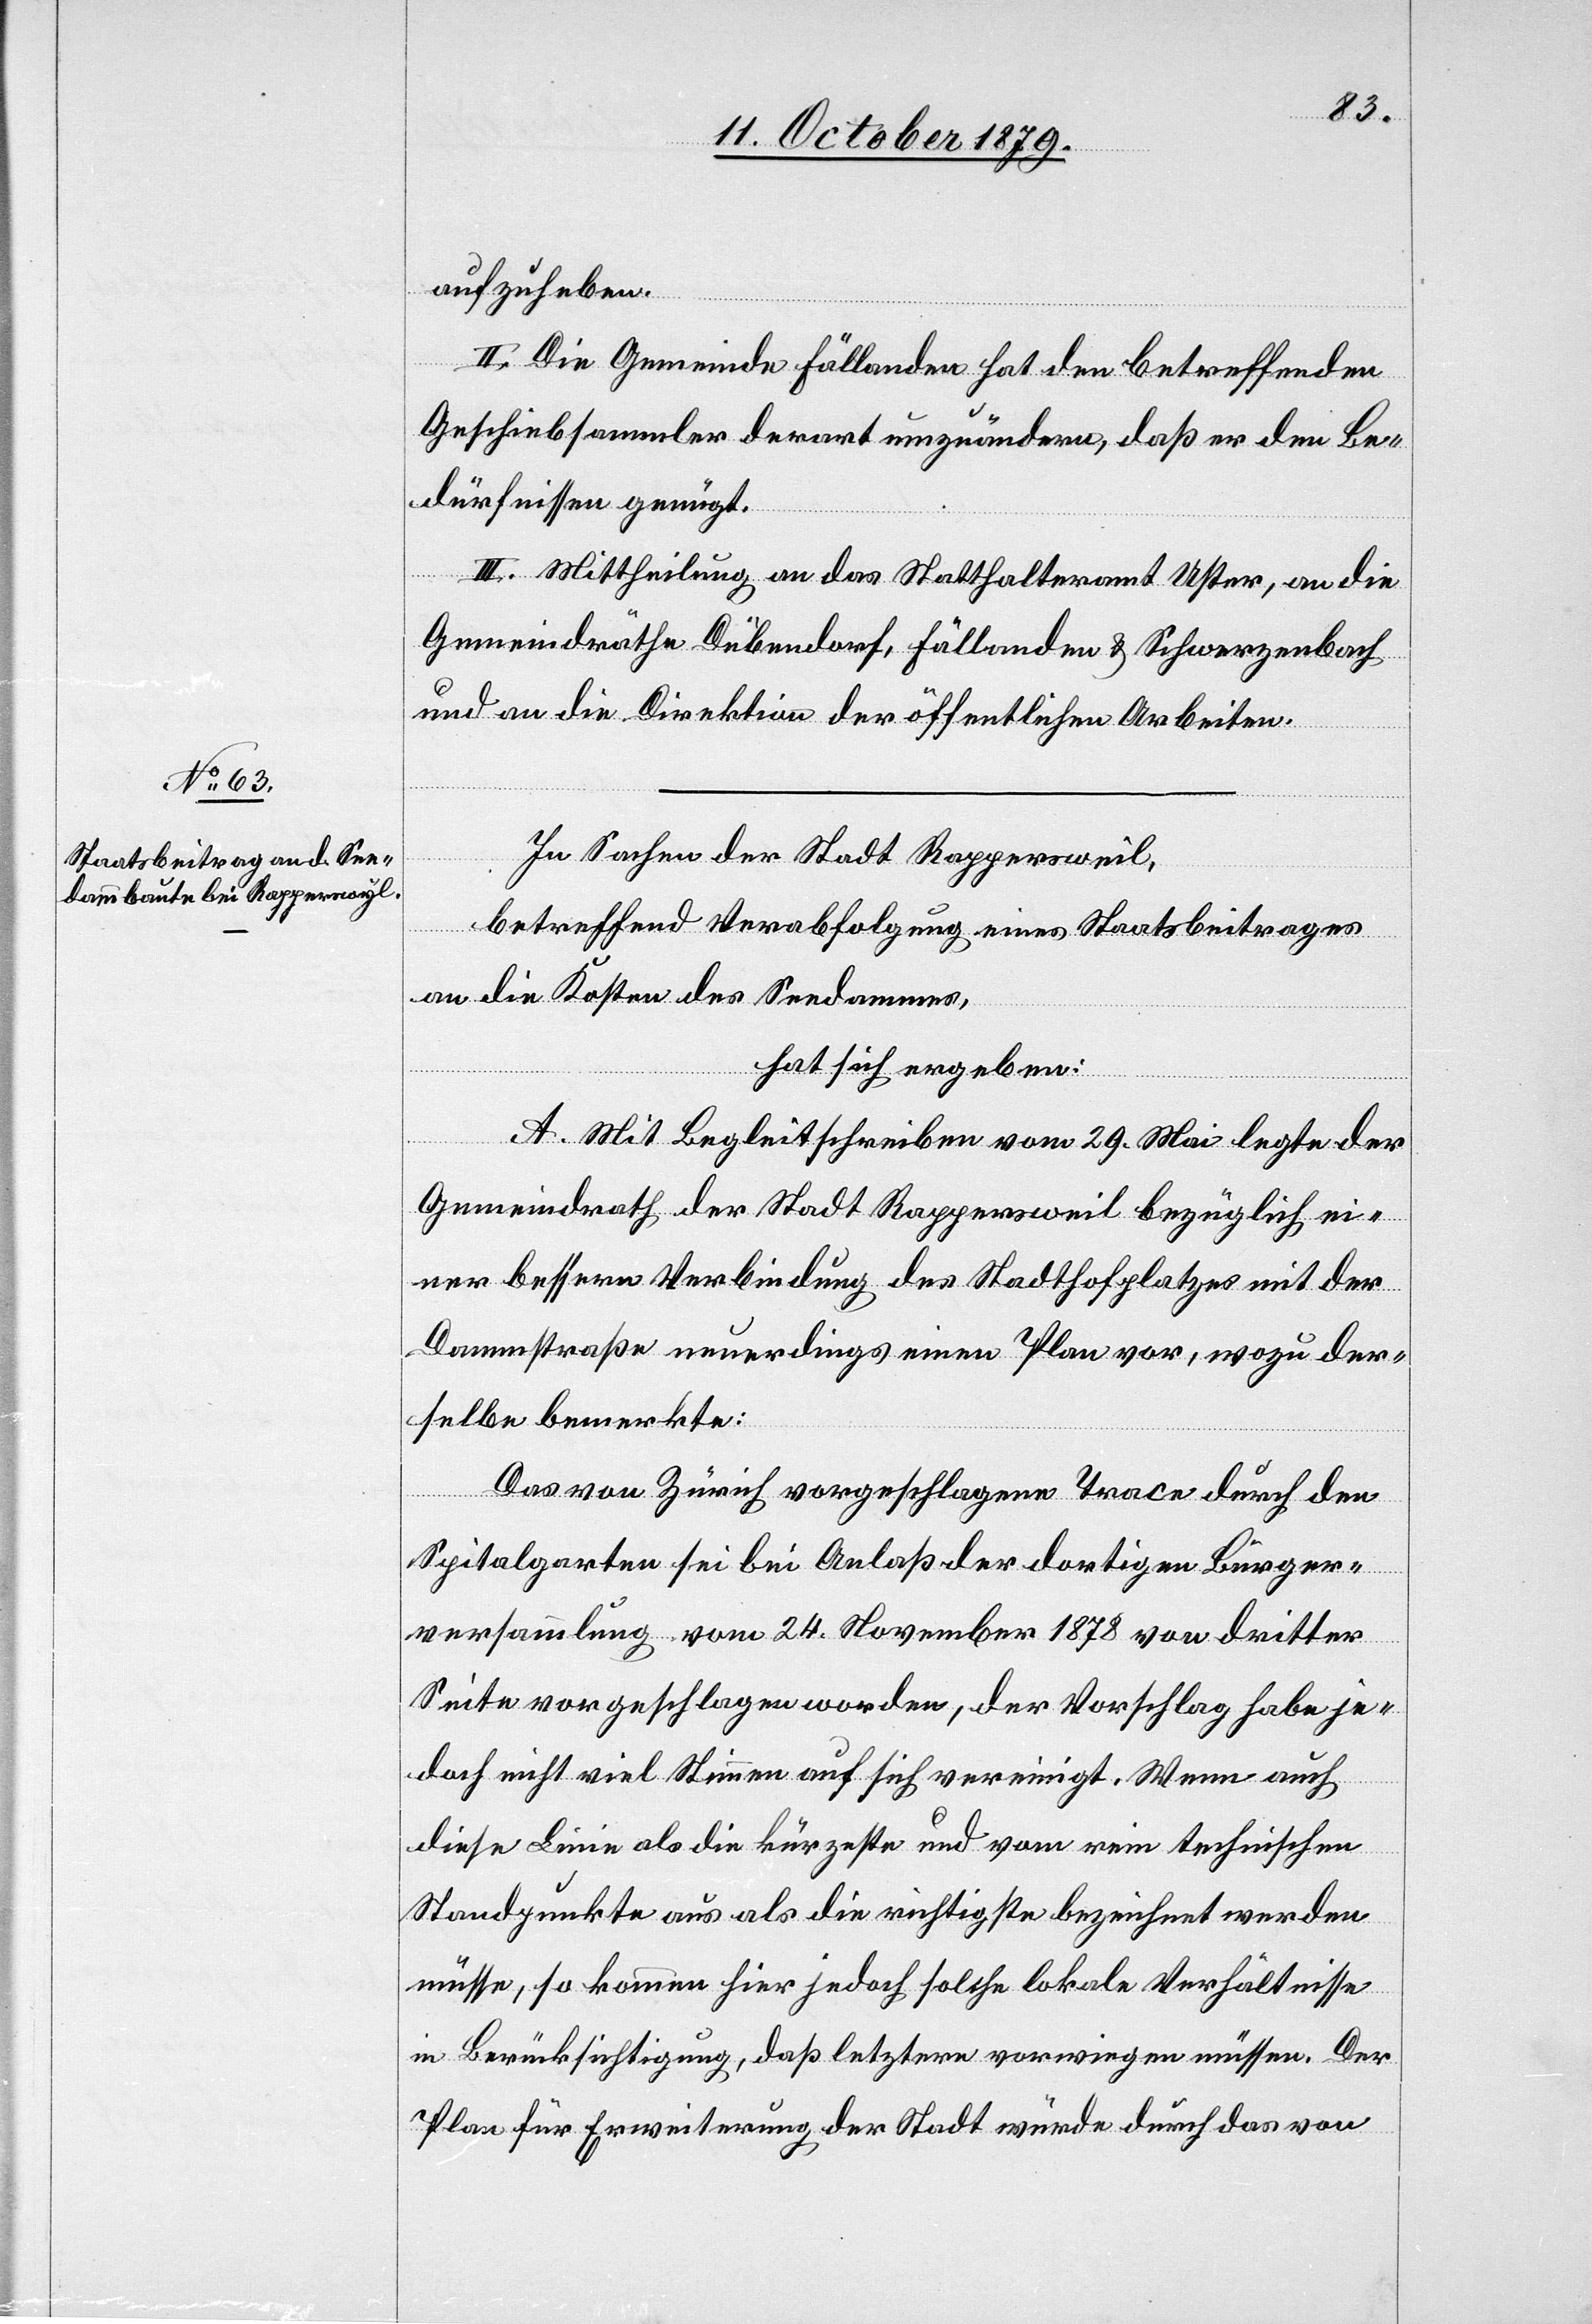
aufzuheben.
II. Mittheilung an das Statthalteramt Uster, an die
indräthe Dübendorf, Fällanden & Schwerzenbach
und an die Direktion der öffentlichen Arbeiten
In Sachen der Stadt Rappersweil,
betreffend Verabfolgung eines Staatsbeitrages
an die Kosten des Seedammes,
hat sich ergeben:
A. Mit Begleitschreiben vom 29. Mai legte der
Gemeindrath der Stadt Rappersweil bezüglich ei¬
ner besseren Verbindung des Stadthofplatzes mit der
Dammstraße neuerdings einen Plan vor, wozu der¬
selbe bemerkte:
Das von Zürich vorgeschlagene Trace durch den
Spitalgarten sei bei Anlaß der dortigen Bürger¬
versammlung vom 24. November 1878 von dritter
Seite vorgeschlagen worden, der Vorschlag habe je¬
doch nicht viel Stimmen auf sich vereinigt. Wenn auch
diese Linie als die kürzeste und vom rein technischen
Standpunkte aus als die richtigste bezeichnet werden
müsse, so kommen hier jedoch solche lokale Verhältnisse
in Berücksichtigung, daß letztere vorwiegen müssen. Der
Plan für Erweiterung der Stadt würde durch das von